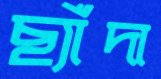
ছ্যাঁদা